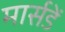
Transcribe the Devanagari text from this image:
मार्सडें